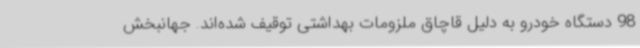
98 دستگاه خودرو به دلیل قاچاق ملزومات بهداشتی توقیف شده‌اند. جهانبخش